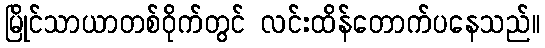
မြိုင်သာယာတစ်ဝိုက်တွင် လင်းထိန်တောက်ပနေသည်။